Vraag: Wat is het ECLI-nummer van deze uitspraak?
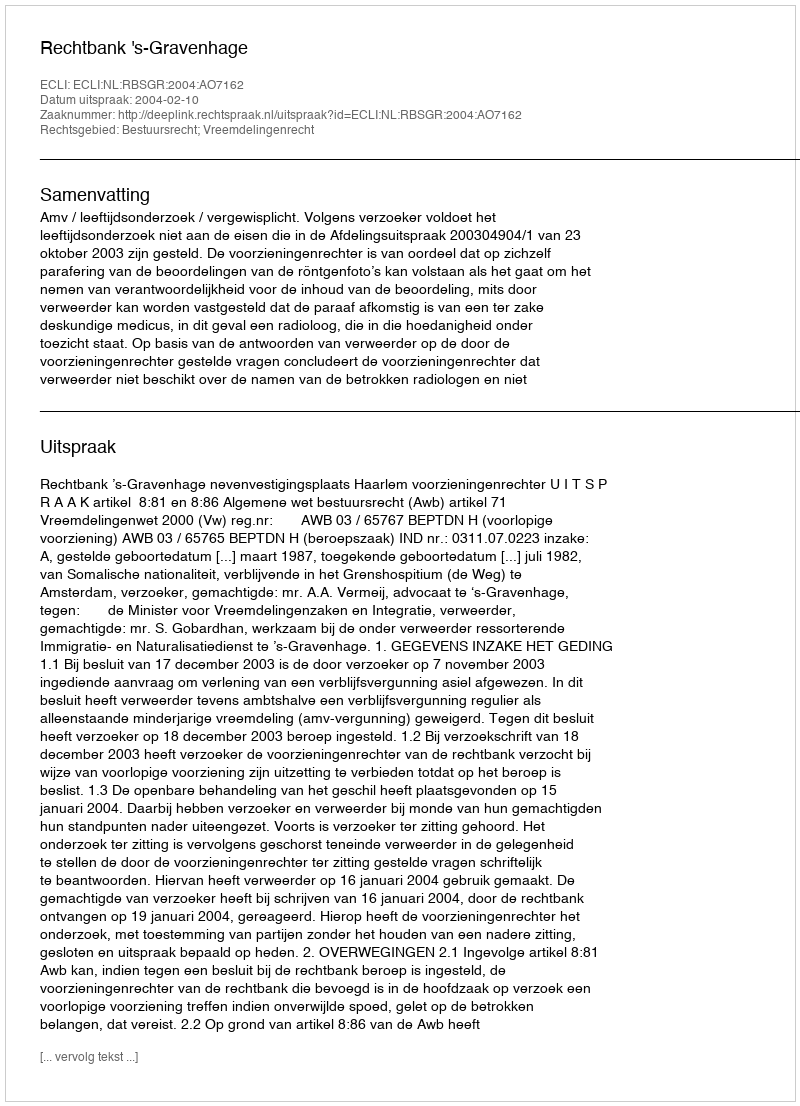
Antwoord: ECLI:NL:RBSGR:2004:AO7162